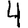
Digit: 4